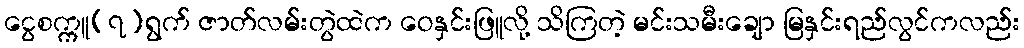
ငွေစက္ကူ(၇)ရွက် ဇာတ်လမ်းတွဲထဲက ဝေနှင်းဖြူလို့ သိကြတဲ့ မင်းသမီးချော မြနှင်းရည်လွင်ကလည်း